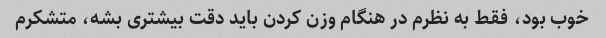
خوب بود، فقط به نظرم در هنگام وزن کردن باید دقت بیشتری بشه، متشکرم